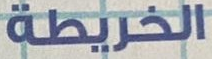
الخريطة